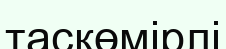
таскөмірлі